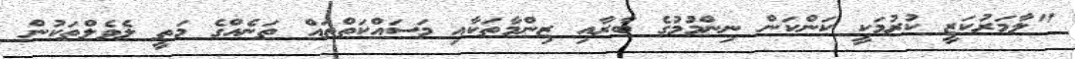
"ލާމަރުކަޒީ ކުރުމަކީ ކަންކަން ނިންމުމުގެ ބާރާއި ޒިންމާތަކާއި މަސައްކަތްތައް ތަނެއްގެ މަތީ ލެވެލްތަކުން